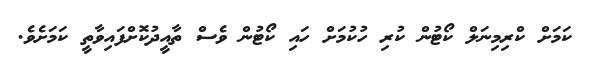
ކަމަށް ކްރިމިނަލް ކޯޓުން ކުރި ހުކުމަށް ހައި ކޯޓުން ވެސް ތާއީދުކޮށްފައިވާތީ ކަމަށެވެ.